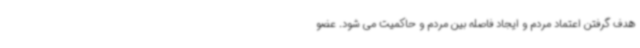
هدف گرفتن اعتماد مردم و ایجاد فاصله بین مردم و حاکمیت می شود. عضو